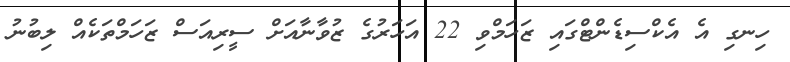
ހިނގި އެ އެކްސިޑެންޓްގައި ޒަހަމްވި 22 އަހަރުގެ ޒުވާނާއަށް ސީރިއަސް ޒަހަމްތަކެއް ލިބުނު